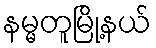
နမ္မတူမြို့နယ်